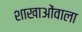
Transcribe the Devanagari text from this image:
शाखाओंवाला